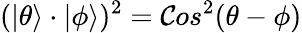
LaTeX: (|\theta\rangle\cdot|\phi\rangle)^{2}=\mathcal{C}os^{2}{(\theta-\phi)}